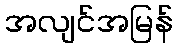
အလျင်အမြန်